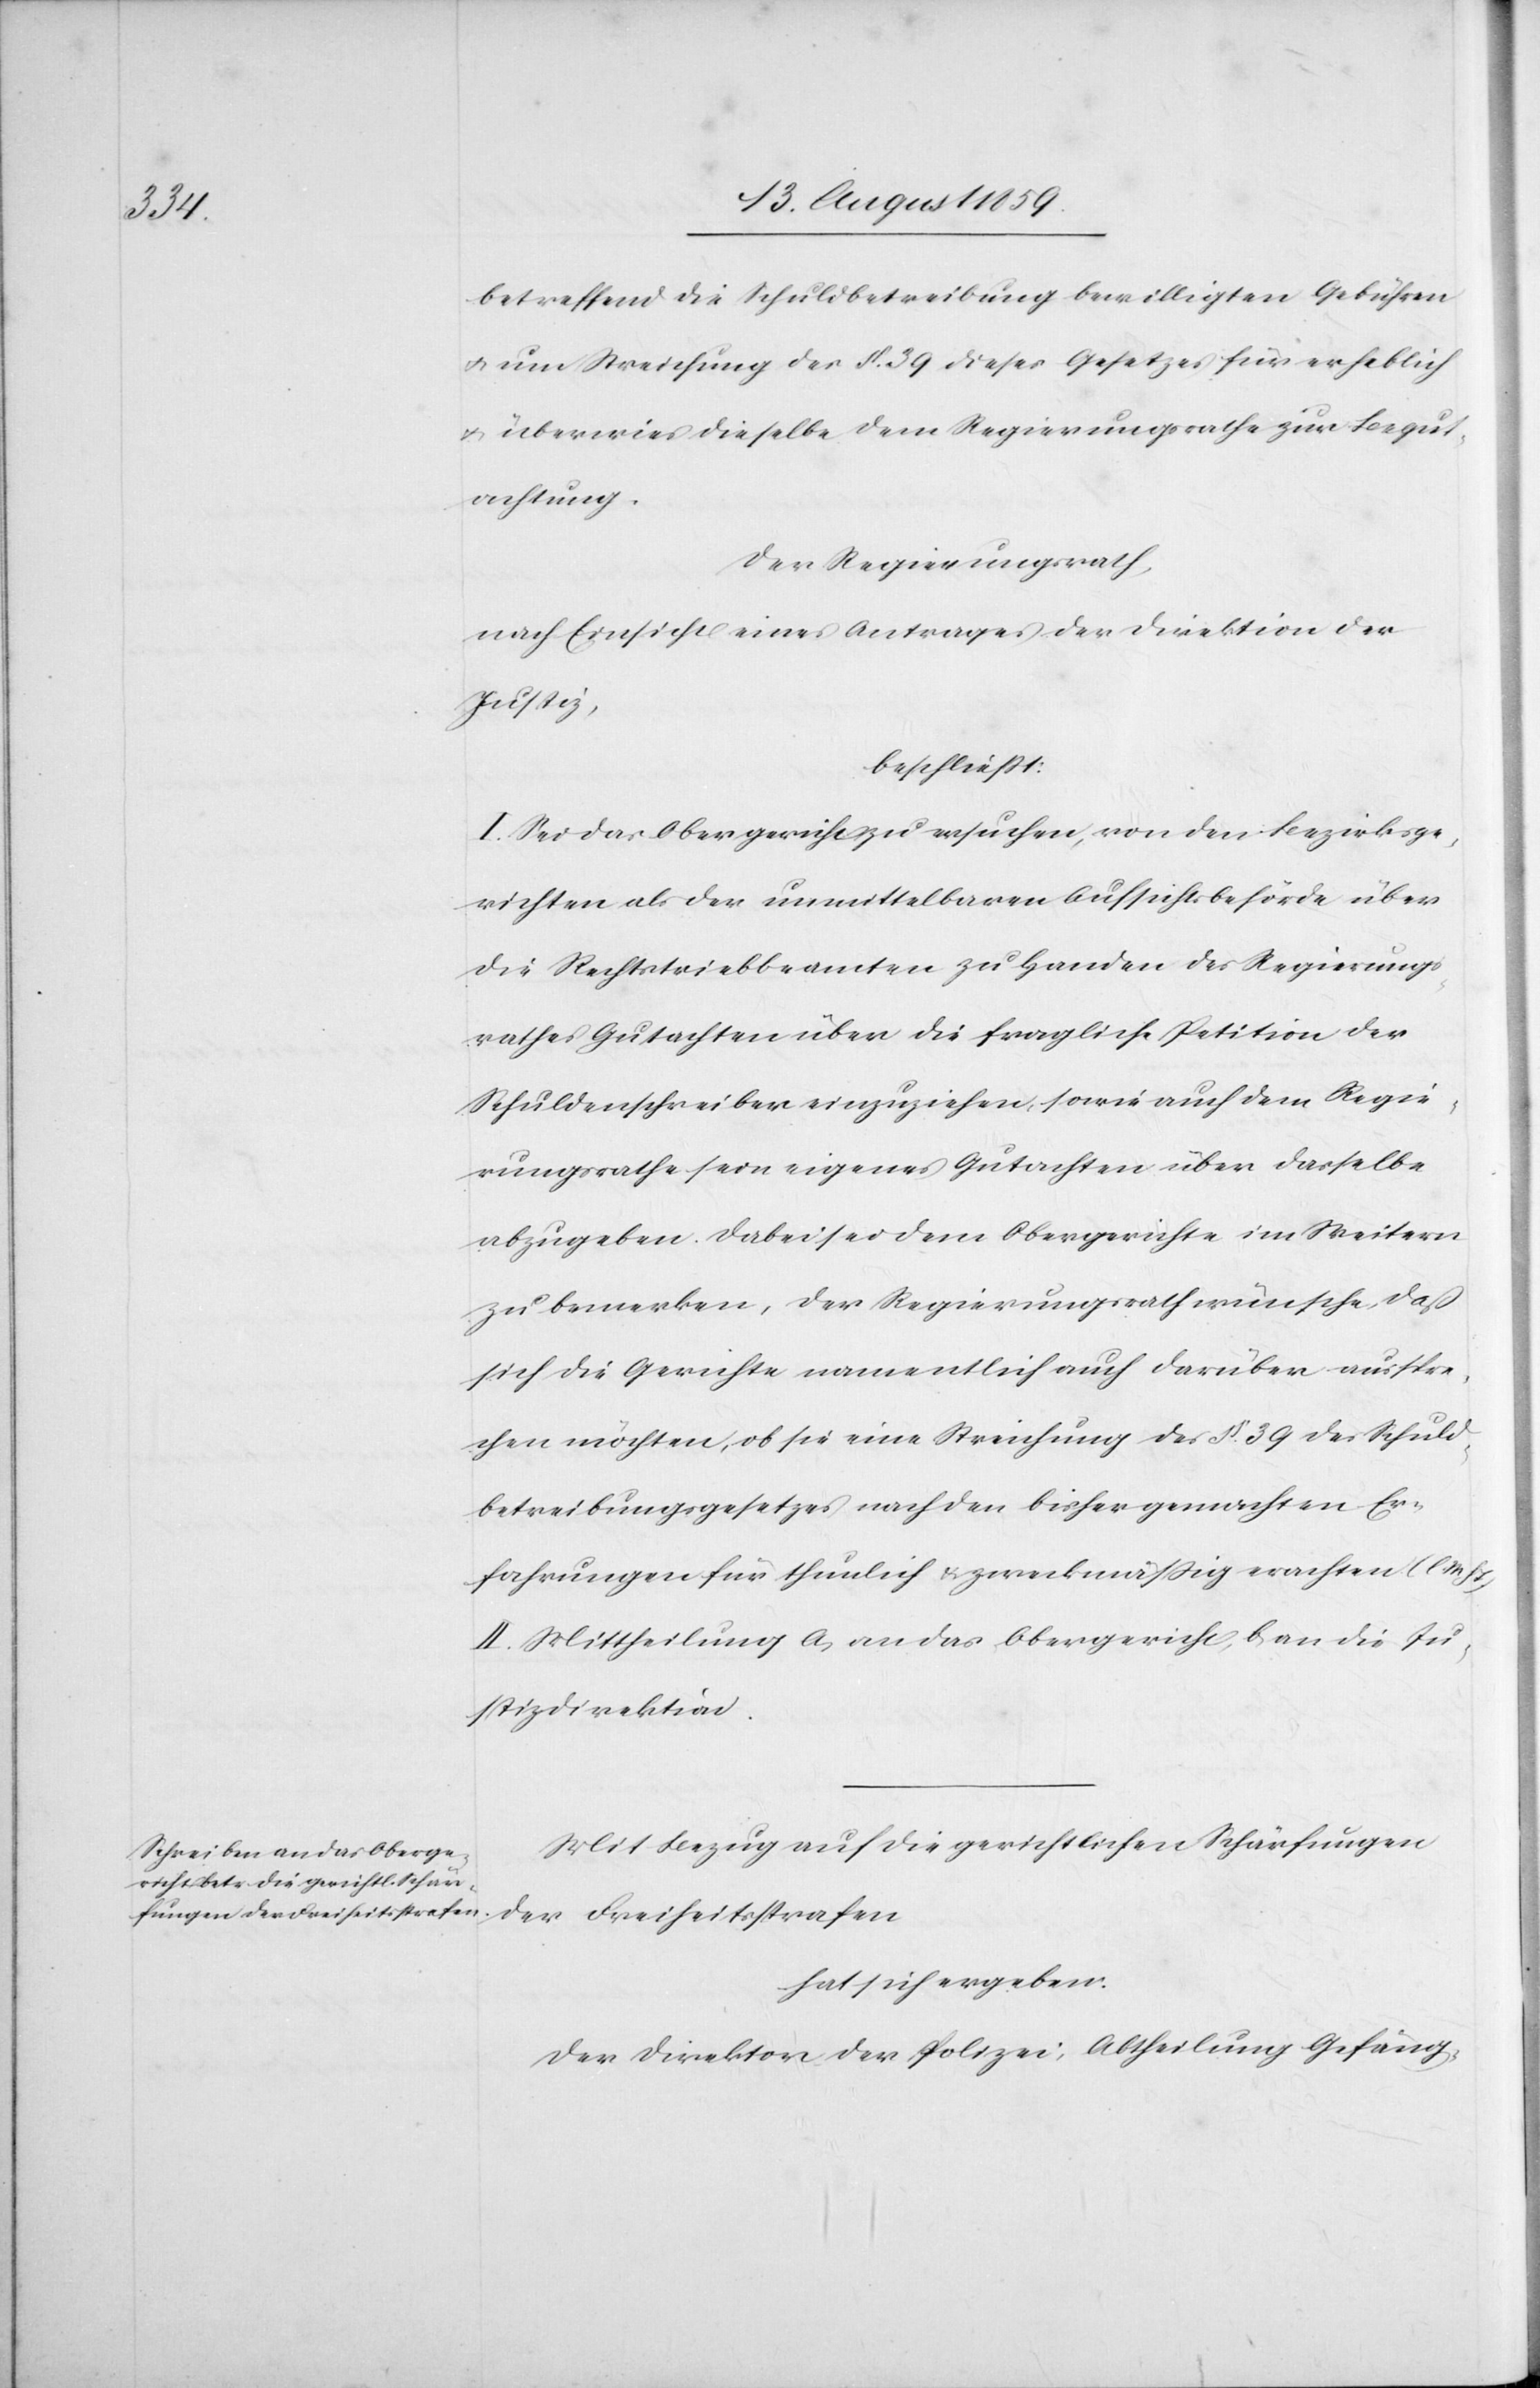
der

betreffend die Schuldbetreibung bewilligten Gebühren
u. um Streichung der § 39 dieses Gesetzes für erheblich
u. überwies dieselbe dem Regierungsrathe zur Begut¬
achtung.
Der Regierungsrath,
nach Einsicht eines Antrages der Direktion der
Justiz,
beschließt:
I. Sei das Obergericht zu ersuchen, von den Bezirksge¬
richten als der unmittelbaren Aufsichtsbehörde über
die Rechtstriebbeamten zu Handen des Regierungs¬
rathes Gutachen über die fragliche Petition der
Schuldenschreiber einzuziehen, sowie auch dem Regie¬
rungsrathe sein eigenes Gutachten über dasselbe
abzugeben. Dabei sei dem Obergericht im Weitern
zu bemerken, der Regierungsrath wünsche, daß
sich die Gerichte namentlich auch darüber ausspre¬
chen möchten, ob sie eine Streichung des § 39 des Schuld¬
betreibungsgesetzes nach den bisher gemachten Er¬
fahrungen für thunlich u. zweckmäßig erachten (l. M.
II. Mittheilung a) an das Obergericht, b) an die Ju¬
stizdirektion.
Mit Bezug auf die gerichtlichen Schärfungen
hat sich ergeben:
Der Direktion der Polizei, Abtheilung Gefäng-